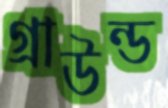
গ্রাউন্ড